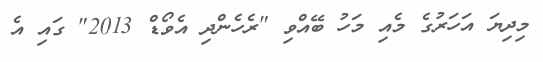
މިދިޔަ އަހަރުގެ މެއި މަހު ބޭއްވި "ރެހެންދި އެވޯޑް 2013" ގައި އެ